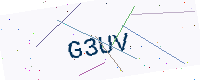
Text: G3UV